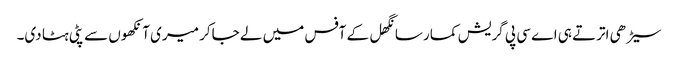
سیڑھی اترتے ہی اے سی پی گریش کمار سانگھل کے آفس میں لے جاکر میری آنکھوں سے پٹی ہٹا دی۔